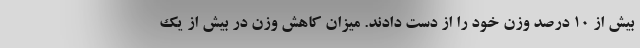
بیش از ۱۰ درصد وزن خود را از دست دادند. میزان کاهش وزن در بیش از یک